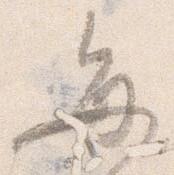
毎